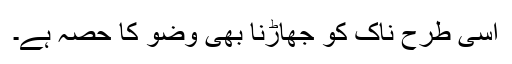
اسی طرح ناک کو جھاڑنا بھی وضو کا حصہ ہے۔